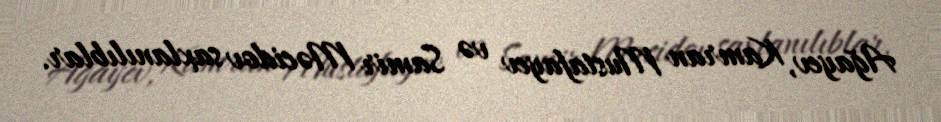
Ağayev, Kamran Mustafayev və Samir Məcidov saxlanılıblar.